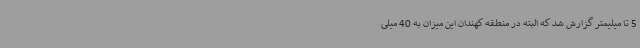
5 تا میلیمتر گزارش شد که البته در منطقه کهندان این میزان به 40 میلی